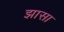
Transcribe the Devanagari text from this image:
झासा